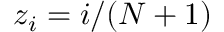
z _ { i } = i / ( N + 1 )